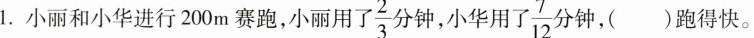
1.小丽和小华进行200m赛跑，小丽用 \frac{2}{3}分钟，小华用了， \frac{7}{12} 分钟，()跑得快。